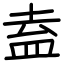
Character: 盍